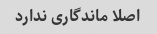
اصلا ماندگاری ندارد